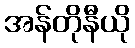
အန်တိုနီယို